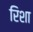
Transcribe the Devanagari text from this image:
रिशा